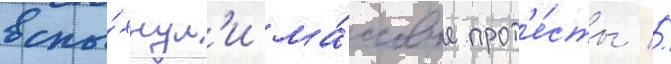
вспы́хнул'и ма́ссовые прот'е́сты //